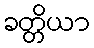
ခတ္တိယာ